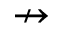
\nrightarrow